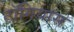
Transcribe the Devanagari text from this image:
टॉगियास